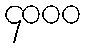
၄၀၀၀